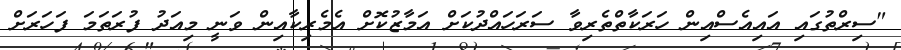
"ސިރްތުގައި އައިއެސްއިން ހަރަކާތްތެރިވާ ސަރަހައްދުކަށް އަމާޒުކޮށް އެމެރިކާއިން ވަނީ މިއަދު ފުރަތަމަ ފަހަރަށް